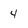
Character: 4